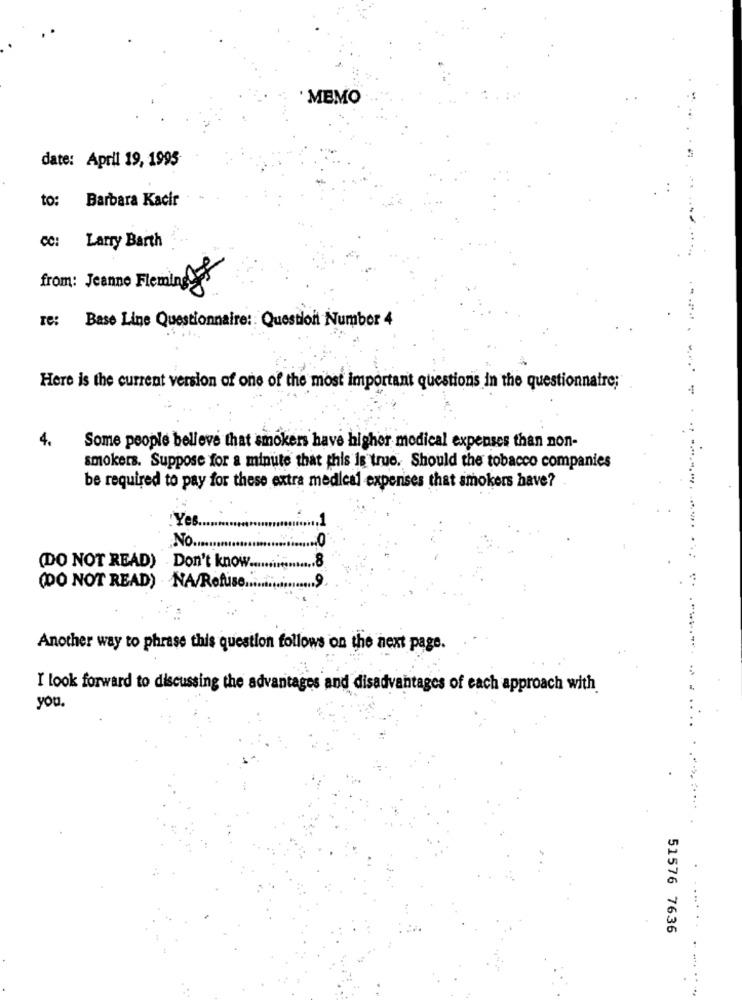
' MEMO
date: Aprll 19, 1995
to: Barbara Kacir
CC: Larry Barth
from: Jeanne Fleming
re: Base Line Questionnaire :: Question Number 4
Here is the current version of one of the most important questions in the questionnaire;
4.
Some people believe that smokers have higher medical expenses than non-
smokers. Suppose for a minute that this is true. Should the tobacco companies
be required to pay for these extra medical expenses that smokers have?
.Yes.
No.
.8
(DO NOT READ) Don't know .....
.9
(DO NOT READ) NA/Refuse .....
Another way to phrase this question follows on the next page.
I look forward to discussing the advantages and disadvantages of each approach with
you.
51576 7636